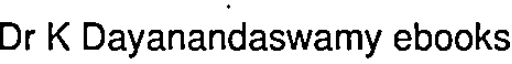
Dr K Dayanandaswamy ebooks